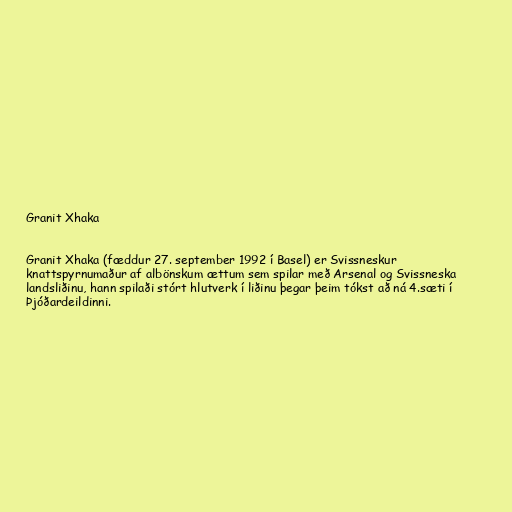
Granit Xhaka

Granit Xhaka (fæddur 27. september 1992 í Basel) er Svissneskur
knattspyrnumaður af albönskum ættum sem spilar með Arsenal og Svissneska
landsliðinu, hann spilaði stórt hlutverk í liðinu þegar þeim tókst að ná 4.sæti í
Þjóðardeildinni.